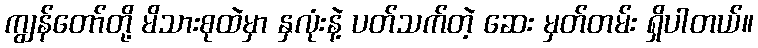
ကျွန်တော်တို့ မိသားစုထဲမှာ နှလုံးနဲ့ ပတ်သက်တဲ့ ဆေး မှတ်တမ်း ရှိပါတယ်။